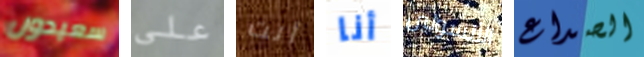
سعيدون على أنت أنا الأنسولين الصداع